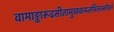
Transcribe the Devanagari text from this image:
वामाङ्कारूढसीतामुखकमलमिलल्लोचनं